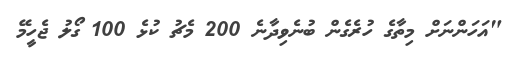
"އަހަންނަށް މިތާގެ ހުރެގެން ބުނެވިދާނެ 200 މެޗު ކުޅެ 100 ގޯލު ޖެހީމޭ